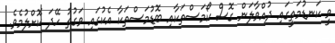
ވީ ކަނޑުމަތީގައި ދުއްވާލަން ގޮސް ކޯމަސްތަކާއި ބޮޑުމަސްތަކާ އެކުގައި ވަގުތު ހޭދަ ކޮށްލުމެވެ.